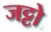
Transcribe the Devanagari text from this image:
जट्टो